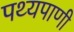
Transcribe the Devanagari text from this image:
पथ्यपाणी